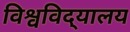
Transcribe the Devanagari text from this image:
विश्वविद्‌यालय